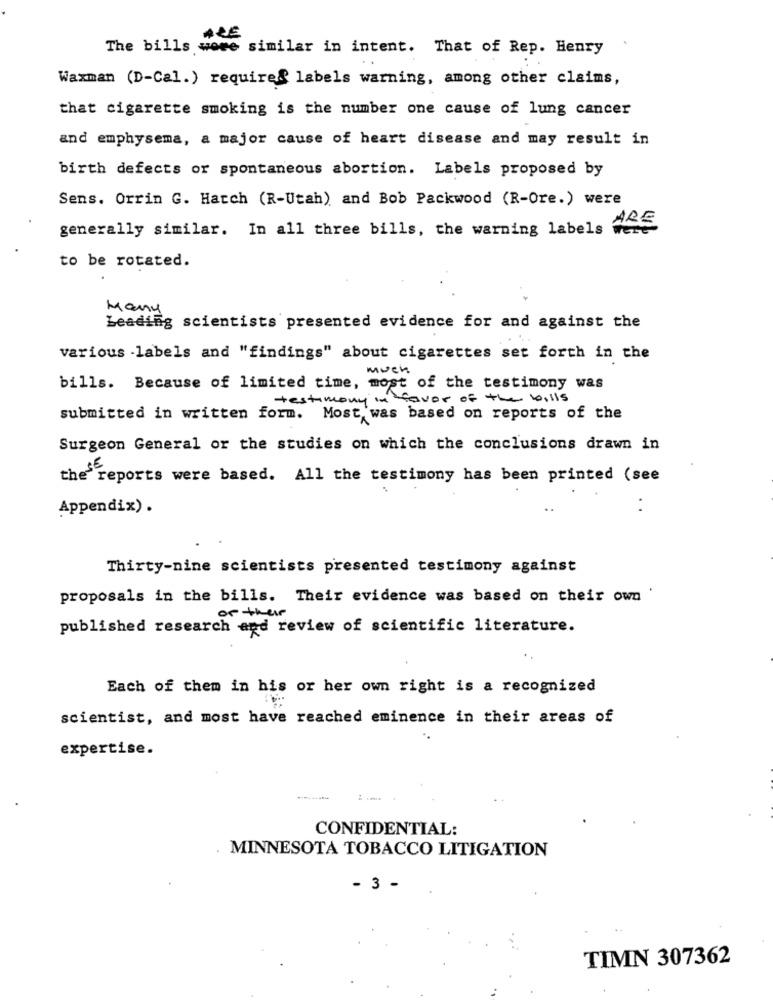
ARE
The bills were similar in intent. That of Rep. Henry
Waxman (D-Cal.) requires labels warning, among other claims,
that cigarette smoking is the number one cause of lung cancer
and emphysema, a major cause of heart disease and may result in
birth defects or spontaneous abortion. Labels proposed by
Sens. Orrin G. Hatch (R-Utah) and Bob Packwood (R-Ore.) were
generally similar. In all three bills, the warning labels Were
to be rotated.
Many
Leading scientists presented evidence for and against the
various -labels and "findings" about cigarettes set forth in the
much
bills. Because of limited time, most of the testimony was
in favor of the bills
testimony in
submitted in written form. Most was based on reports of the
Surgeon General or the studies on which the conclusions drawn in
the reports were based. All the testimony has been printed (see
Appendix) .
Thirty-nine scientists presented testimony against
proposals in the bills. Their evidence was based on their own '
of their
published research and review of scientific literature.
Each of them in his or her own right is a recognized
scientist, and most have reached eminence in their areas of
expertise.
CONFIDENTIAL:
MINNESOTA TOBACCO LITIGATION
- 3 -
TIMN 307362